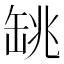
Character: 罀